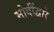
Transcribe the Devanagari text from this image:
मोदींद्वारे